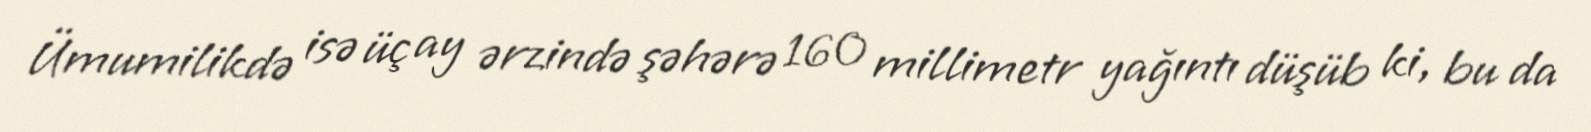
Ümumilikdə isə üç ay ərzində şəhərə 160 millimetr yağıntı düşüb ki, bu da